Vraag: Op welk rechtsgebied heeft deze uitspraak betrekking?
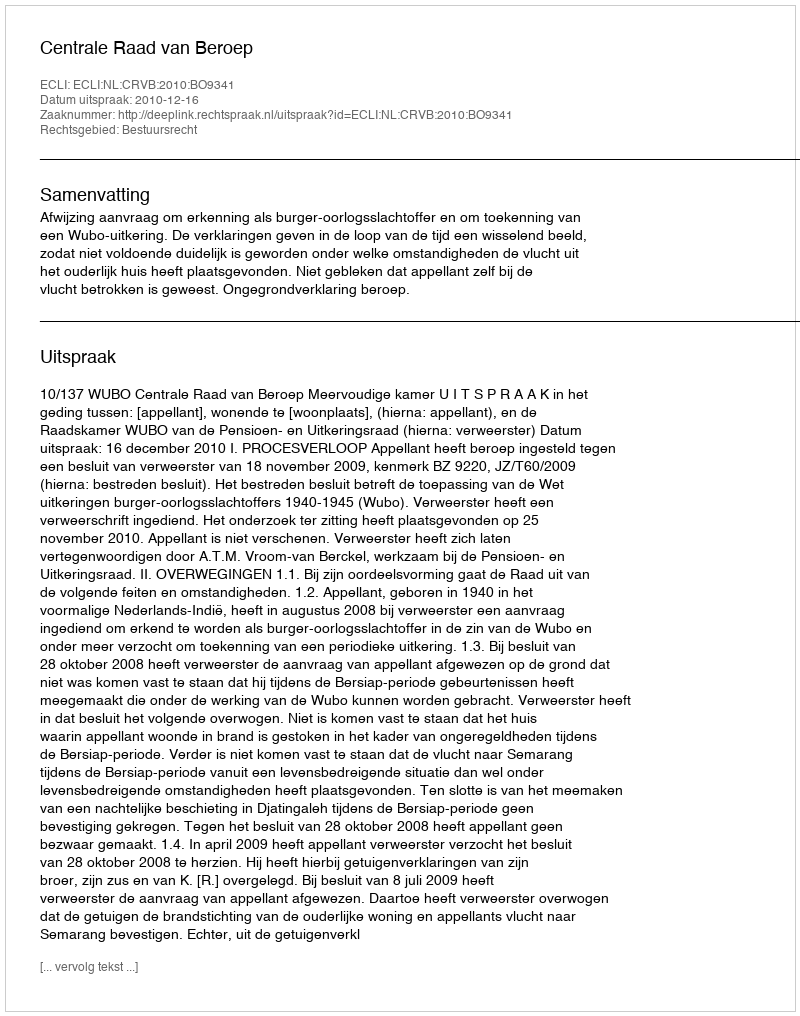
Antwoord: Bestuursrecht